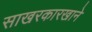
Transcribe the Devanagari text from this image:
साखरकारखाने